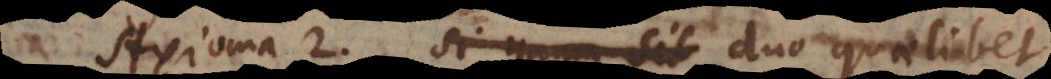
Axioma 2. Si unum sit Duo quaelibet